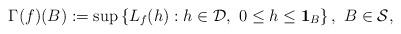
LaTeX: \begin{align*}\Gamma(f)(B):=\sup\left\lbrace L_f(h): h\in\mathcal{D},\ 0\leq h\leq \mathbf{1}_B\right\rbrace, \ B\in \mathcal{S},\end{align*}